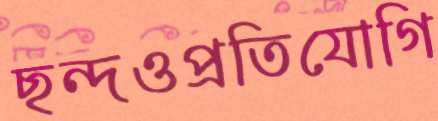
ছন্দওপ্রতিযোগি